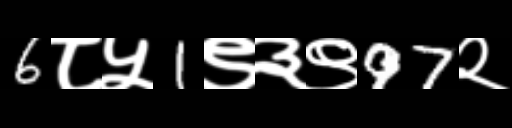
Text: 6८५1९३९97२